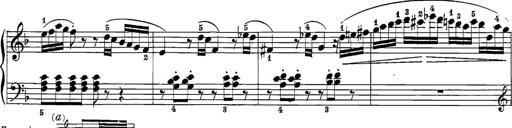
Title: 12 Sonatine per Pianoforte
Composer: Friedrich Kuhlau